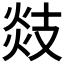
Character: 𢻑